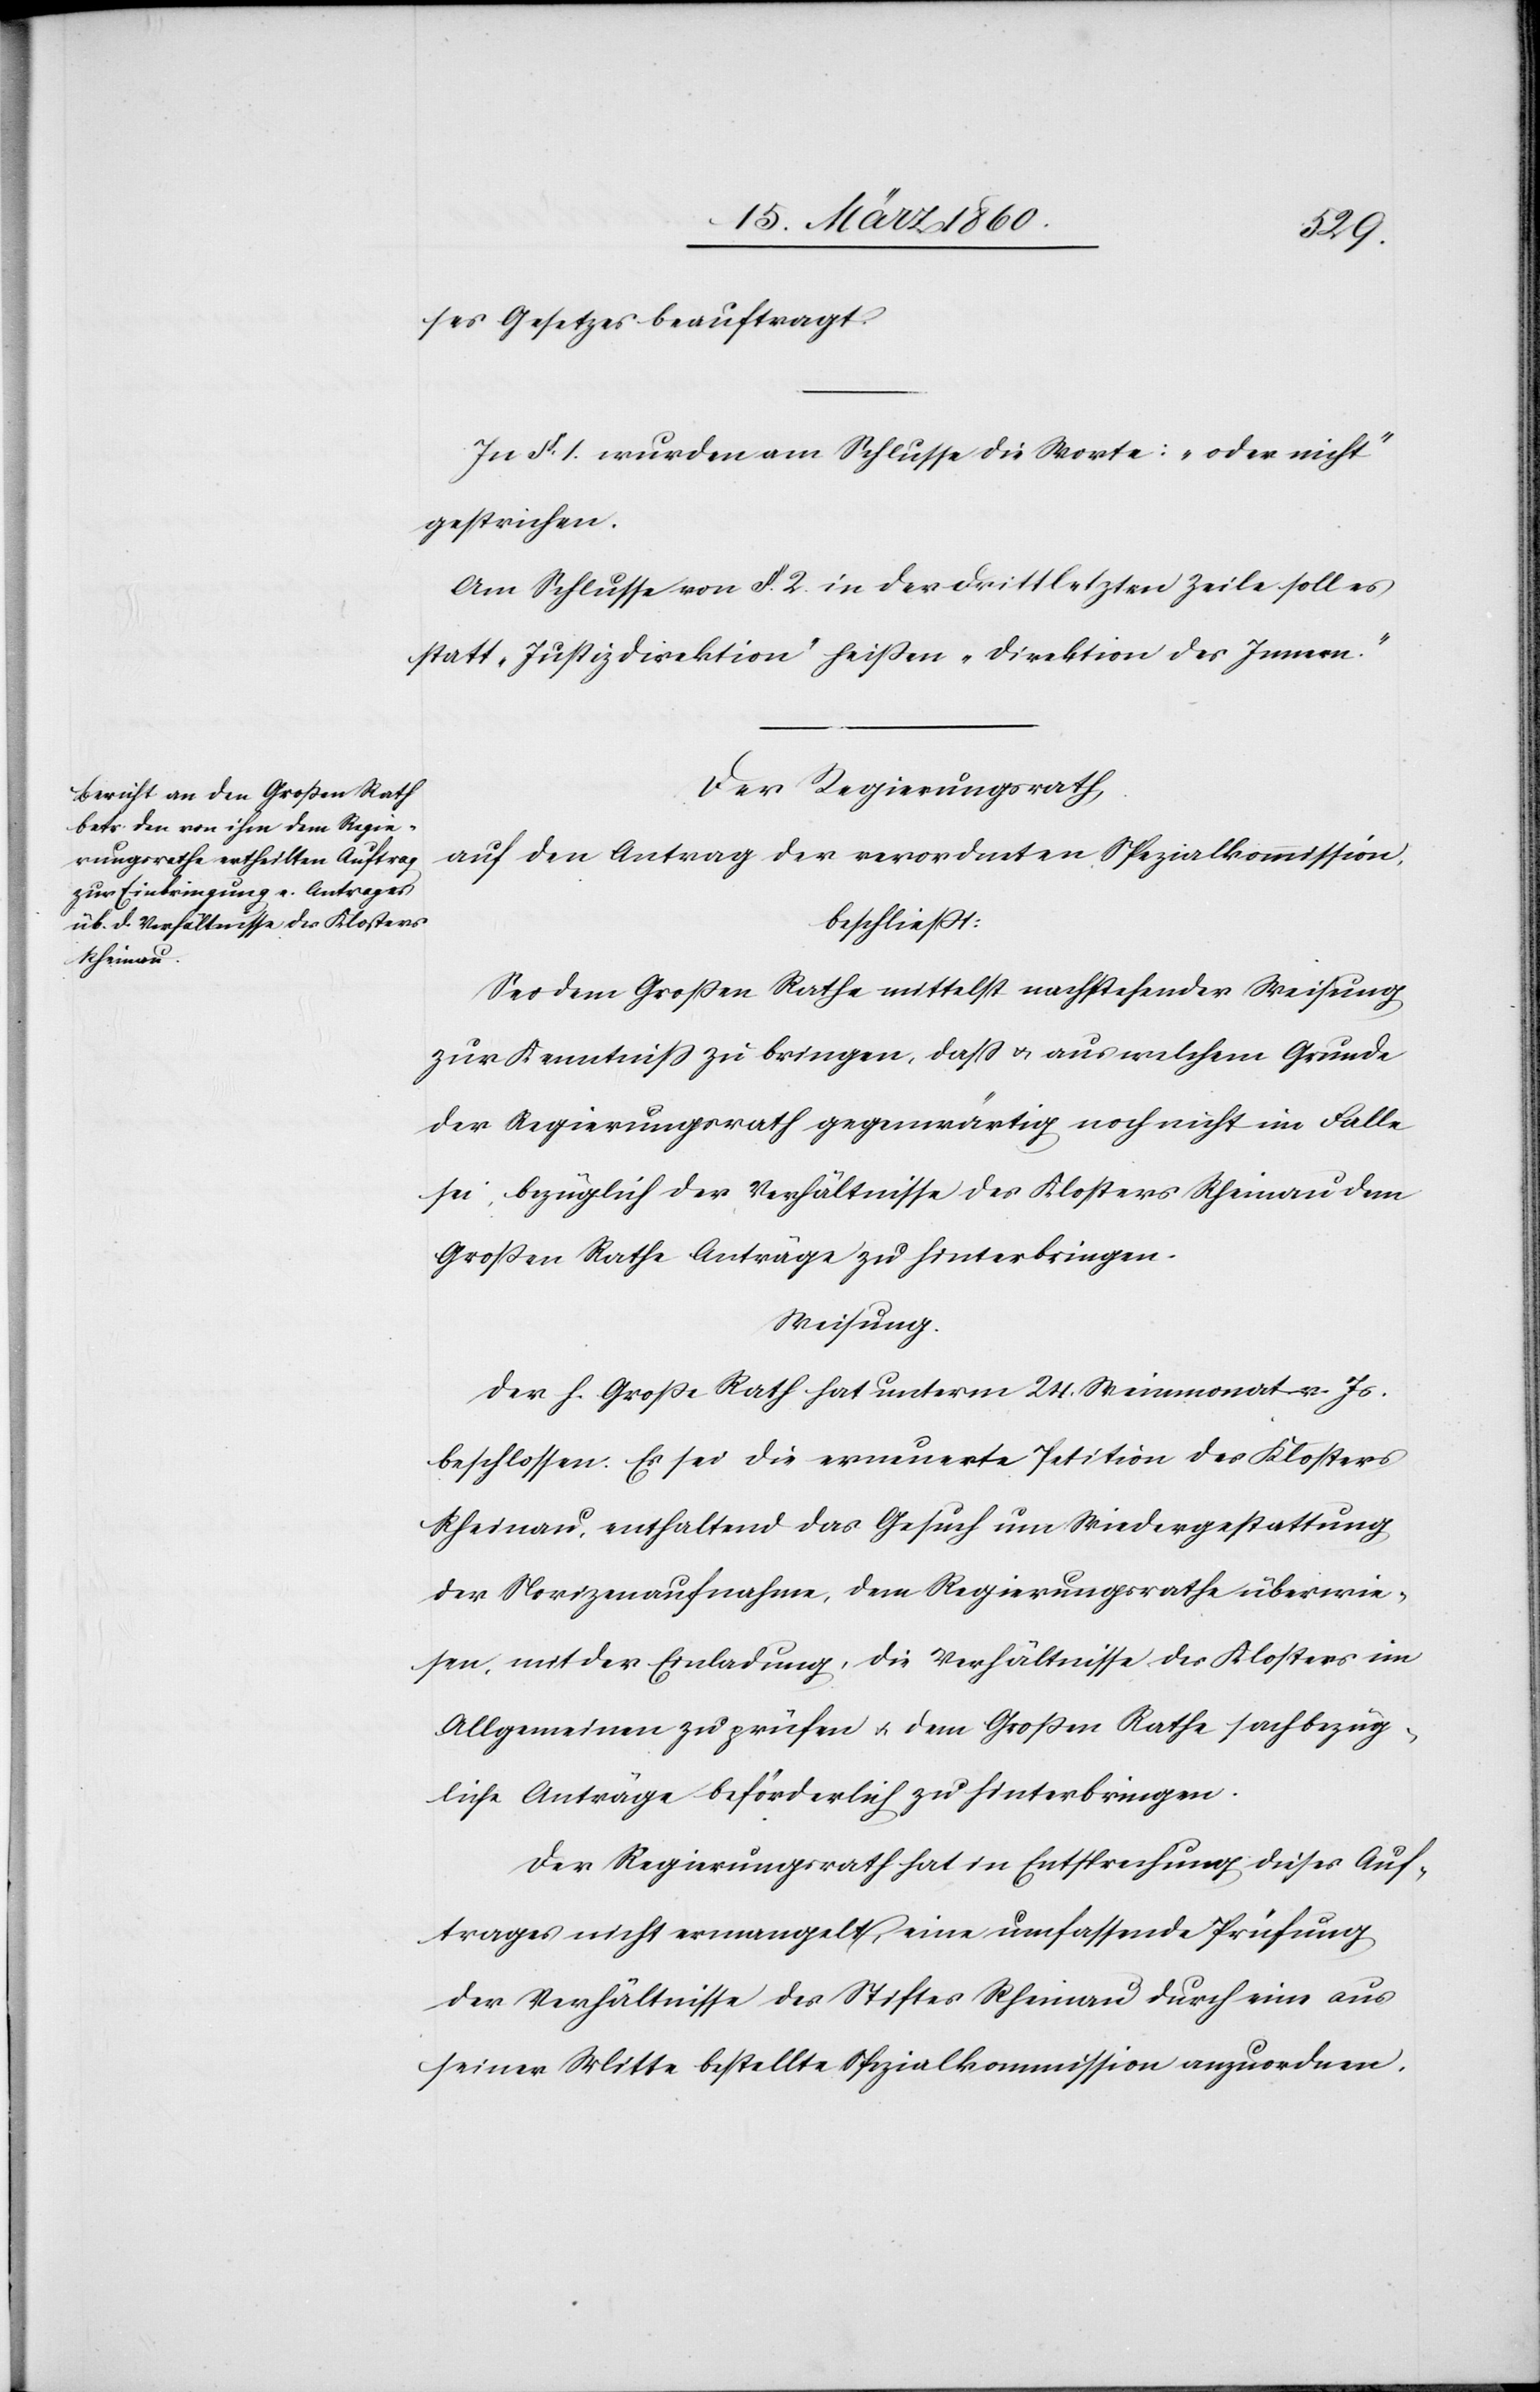
ses Gesetzes beauftragt.
In §. 1. wurden am Schlusse die Worte: „oder nicht“
gestrichen.
Am Schlusse von §. 2. in der drittletzten Zeile soll es
statt „Justizdirektion“ heißen „Direktion des Innern“.
Der Regierungsrath,
auf den Antrag der verordneten Spezialkommission
beschliesst:
Sei dem Grossen Rathe mittelst nachstehender Weisung
zur Kenntniß zu bringen, dass u. [sic!] welchem Grunde
der Regierungsrath gegenwärtig noch nicht im Falle
sei, bezüglich der Verhältnisse des Klosters Rheinau dem
Grossen Rathe Anträge zu hinterbringen.
Weisung.
Der h. Grosse Rath hat unterm 24. Weinmonat v. Js.
beschlossen: Es sei die erneuerte Petition des Klosters
Rheinau, enthaltend das Gesuch um Wiedergestattung
der Novizenaufnahme, dem Regierungsrathe überwie¬
sen, mit der Einladung, die Verhältnisse des Kloster im
Allgemeinen zu prüfen u. dem Grossen Rathe sachbezüg¬
liche Anträge beförderlich zu hinterbringen.
Der Regierungsrath hat in Entsprechung dieses Auf¬
trages nicht ermangelt, eine umfassende Prüfung
der Verhältnisse des Stiftes Rheinau durch eine aus
seiner Mitte bestellte Spezialkommission anzuordnen.